Report of the Indian Hemp Drugs Commission, 1894-1895 - Volume V
Year: 1894
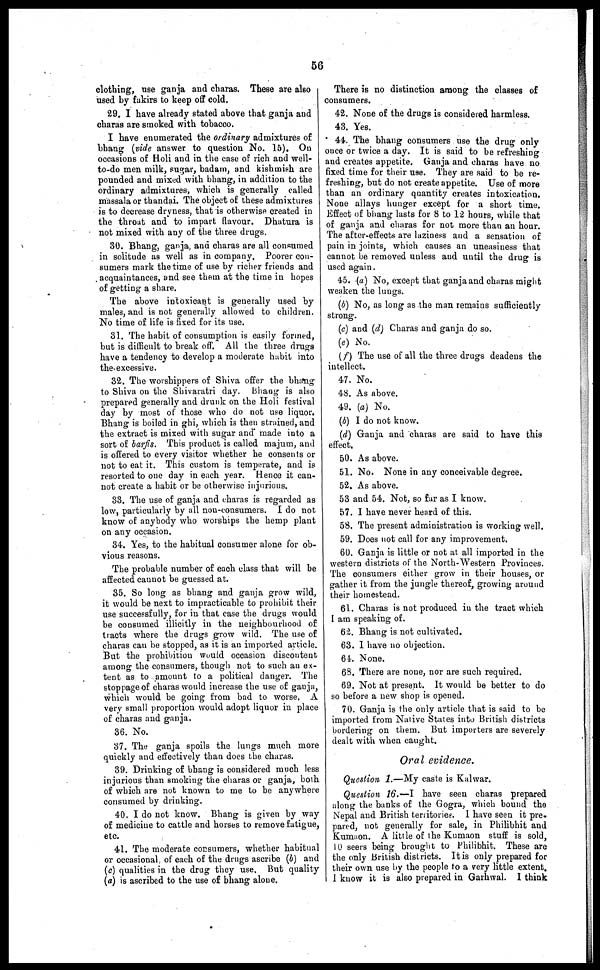
56
clothing, use ganja and charas. These are also
used by fakirs to keep off cold.
29. I have already stated above that ganja and
charas are smoked with tobacco.
I have enumerated the ordinary admixtures of
bhang (vide answer to question No. 15). On
occasions of Holi and in the case of rich and well-
to-do men milk, sugar, badam, and kishmish are
pounded and mixed with bhang, in addition to the
ordinary admixtures, which is generally called
massala or thandai. The object of these admixtures
is to decrease dryness, that is otherwise created in
the throat and to impart flavour. Dhatura is
not mixed with any of the three drugs.
30. Bhang, ganja, and charas are all consumed
in solitude as well as in company. Poorer con-
sumers mark the time of use by richer friends and
acquaintances, and see them at the time in hopes
of getting a share.
The above intoxicant is generally used by
males, and is not generally allowed to children.
No time of life is fixed for its use.
31. The habit of consumption is easily formed,
but is difficult to break off. All the three drugs
have a tendency to develop a moderate habit into
the excessive.
32. The worshippers of Shiva offer the bhang
to Shiva on the Shivaratri day. Bhang is also
prepared generally and drunk on the Holi festival
day by most of those who do not use liquor.
Bhang is boiled in ghi, which is then strained, and
the extract is mixed with sugar and* made into a
sort of barfis. This product is called majum, and
is offered to every visitor whether he consents or
not to eat it. This custom is temperate, and is
resorted to one day in each year. Hence it can-
not create a habit or be otherwise injurious.
33. The use of ganja and charas is regarded as
low, particularly by all non-consumers. I do not
know of anybody who worships the hemp plant
on any occasion.
34. Yes, to the habitual consumer alone for ob-
vious reasons.
The probable number of each class that will be
affected cannot be guessed at.
35. So long as bhang and ganja grow wild,
it would be next to impracticable to prohibit their
use successfully, for in that case the drugs would
be consumed illicitly in the neighbourhood of
tracts where the drugs grow wild. The use of
charas can be stopped, as it is an imported article.
But the prohibition would occasion discontent
among the consumers, though not to such an ex-
tent as to amount to a political danger. The
stoppage of charas would increase the use of ganja,
which would be going from bad to worse. A
very small proportion would adopt liquor in place
of charas and ganja.
36. No.
37. The ganja spoils the lungs much more
quickly and effectively than does the charas.
39. Drinking of bhang is considered much less
injurious than smoking the charas or ganja, both
of which are not known to me to be anywhere
consumed by drinking.
40. I do not know. Bhang is given by way
of medicine to cattle and horses to remove fatigue,
etc.
41. The moderate consumers, whether habitual
or occasional of each of the drugs ascribe (b) and
(c) qualities in the drug they use. But quality
(a) is ascribed to the use of bhang alone.
There is no distinction among the classes of
consumers.
42. None of the drugs is considered harmless.
43. Yes.
44. The bhang consumers use the drug only
once or twice a day. It is said to be refreshing
and creates appetite. Ganja and charas have no
fixed time for their use. They are said to be re-
freshing, but do not create appetite. Use of more
than an ordinary quantity creates intoxication.
None allays hunger except for a short time.
Effect of bhang lasts for 8 to 12 hours, while that
of ganja and charas for not more than an hour.
The after-effects are laziness and a sensation of
pain in joints, which causes an uneasiness that
cannot be removed unless and until the drug is
used again.
45. (a) No, except that ganja and charas might
weaken the lungs.
(b) No, as long as the man remains sufficiently
strong.
(c) and (d) Charas and ganja do so.
(e) No.
(f) The use of all the three drugs deadens the
intellect.
47. No.
48. As above.
49. (a) No.
(b) I do not know.
(d) Ganja and charas are said to have this
effect.
50. As above.
51. No. None in any conceivable degree.
52. As above.
53 and 54. Not, so far as I know.
57. I have never heard of this.
58. The present administration is working well.
59. Does not call for any improvement.
60. Ganja is little or not at all imported in the
western districts of the North-Western Provinces.
The consumers either grow in their houses, or
gather it from the jungle thereof, growing around
their homestead.
61. Charas is not produced in the tract which
I am speaking of.
62. Bhang is not cultivated.
63. I have no objection.
64. None.
68. There are none, nor are such required.
69. Not at present. It would be better to do
so before a new shop is opened.
70. Ganja is the only article that is said to be
imported from Native States into British districts
bordering on them. But importers are severely
dealt with when caught.
Oral evidence.
Question 1.—My caste is Kalwar.
Question 16.—I have seen charas prepared
along the banks of the Gogra, which bound the
Nepal and British territories. I have seen it pre-
pared, not generally for sale, in Philibhit and
Kumaon. A little of the Kumaon stuff is sold,
10 seers being brought to Philibhit. These are
the only British districts. It is only prepared for
their own use by the people to a very little extent,
I know it is also prepared in Garhwal. I think